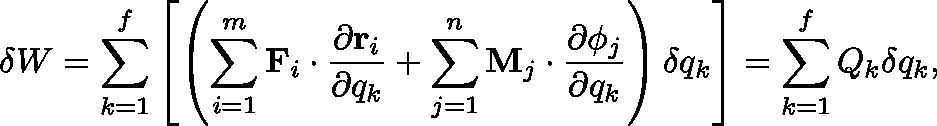
\delta W = \sum _ { k = 1 } ^ { f } \left[ \left( \sum _ { i = 1 } ^ { m } \mathbf { F } _ { i } \cdot { \frac { \partial \mathbf { r } _ { i } } { \partial q _ { k } } } + \sum _ { j = 1 } ^ { n } \mathbf { M } _ { j } \cdot { \frac { \partial \mathbf { \phi } _ { j } } { \partial q _ { k } } } \right) \delta q _ { k } \right] = \sum _ { k = 1 } ^ { f } Q _ { k } \delta q _ { k } ,